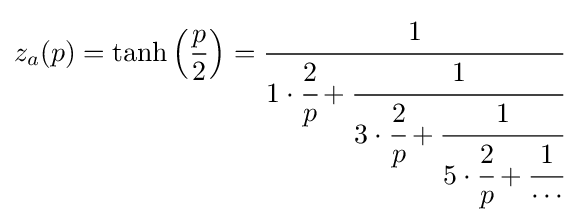
z_{a}(p)=\tanh \left({\frac {p}{2}}\right)={\cfrac {1}{1\cdot {\cfrac {2}{p}}+{\cfrac {1}{3\cdot {\cfrac {2}{p}}+{\cfrac {1}{5\cdot {\cfrac {2}{p}}+{\cfrac {1}{\cdots }}}}}}}}